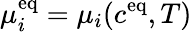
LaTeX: \mu_{i}^{\mathrm{{eq}}}=\mu_{i}(c^{\mathrm{{eq}}},T)